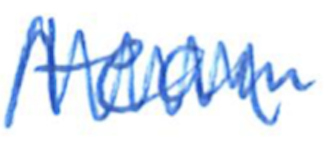
Text: team
Cross-out: zig-zag
Writing tool: ballpoint